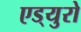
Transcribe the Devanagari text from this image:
एड्‌युरो